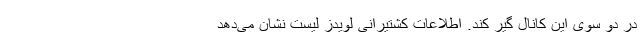
در دو سوی این کانال گیر کند. اطلاعات کشتیرانی لویدز لیست نشان می‌دهد